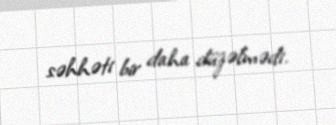
səhhəti bir daha düzəlmədi.